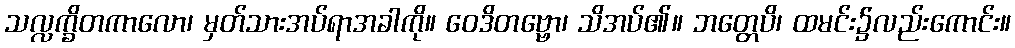
သလ္လက္ခိတကာလော၊ မှတ်သားအပ်ရာအခါကို။ ဝေဒိတဗ္ဗော၊ သိအပ်၏။ ဘတ္တေပိ၊ ထမင်း၌လည်းကောင်း။